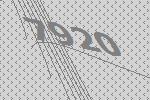
7920